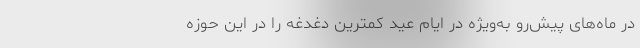
در ماه‌های پیش‌رو به‌ویژه در ایام عید کمترین دغدغه را در این حوزه